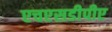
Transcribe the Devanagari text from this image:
एचएसडीपीए